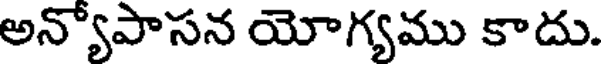
అన్యోపాసన యోగ్యము కాదు.